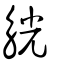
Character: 觥